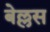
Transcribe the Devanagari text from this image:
बेल्लस